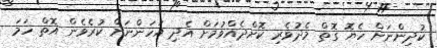
ކުދިންނަށް ހެޔޮ ގޮތް މެދުވެރި ކޮށްދެއްވުމަށް އެދި އަހަންނަށް ކުރެވެން އޮތް ހަމަ